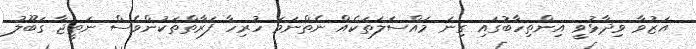
އަޒުވާ ވިދާޅުވީ އިންތިހާބުގައި ގިނަ މައްސަލަތަކެއް ނެތްނަމަ ހުރިހާ ފަރާތްތަކުންވެސް ނަތީޖާ ގަބޫލު